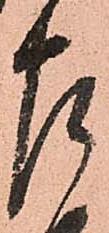
左